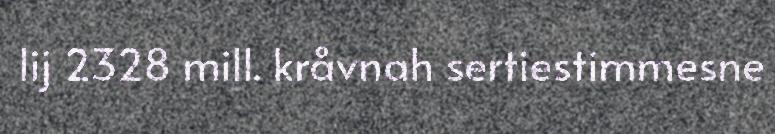
lij 2328 mill. kråvnah sertiestimmesne